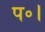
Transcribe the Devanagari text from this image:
प॰।